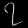
Digit: ၇